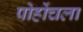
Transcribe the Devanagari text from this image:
पोहोंचला